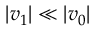
| \boldsymbol { v } _ { 1 } | \ll | \boldsymbol { v } _ { 0 } |